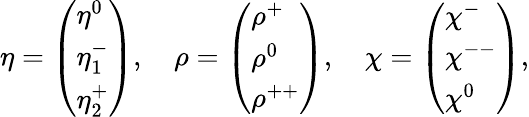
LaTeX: \eta=\left(\begin{array}{l}{{\eta^{0}}}\\ {{\eta_{1}^{-}}}\\ {{\eta_{2}^{+}}}\end{array}\right),\quad\rho=\left(\begin{array}{l}{{\rho^{+}}}\\ {{\rho^{0}}}\\ {{\rho^{++}}}\end{array}\right),\quad\chi=\left(\begin{array}{l}{{\chi^{-}}}\\ {{\chi^{--}}}\\ {{\chi^{0}}}\end{array}\right),